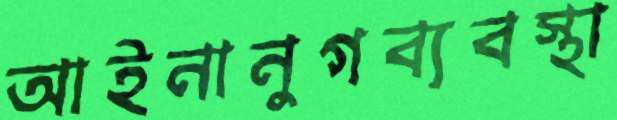
আইনানুগব্যবস্থা